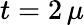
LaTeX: t=2\, \mu